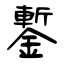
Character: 鏨